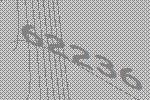
62236